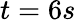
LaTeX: t=6s